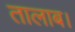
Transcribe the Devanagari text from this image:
तालाब।